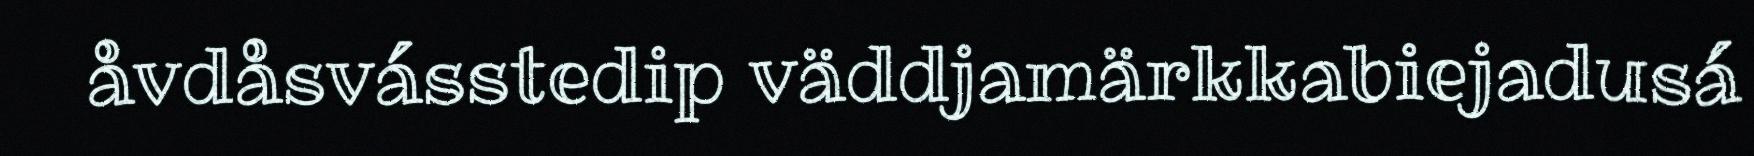
åvdåsvásstedip väddjamärkkabiejadusá